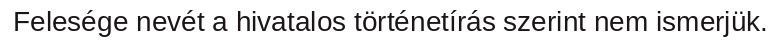
Felesége nevét a hivatalos történetírás szerint nem ismerjük.